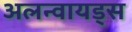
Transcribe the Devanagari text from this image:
अलन्वायड्स